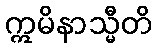
ဣမိနာသ္မီတိ